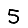
Digit: 5